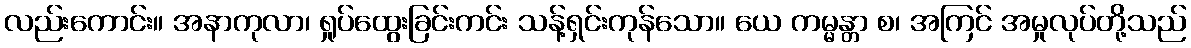
လည်းကောင်း။ အနာကုလာ၊ ရှုပ်ထွေးခြင်းကင်း သန့်ရှင်းကုန်သော။ ယေ ကမ္မန္တာ စ၊ အကြင် အမှုလုပ်တို့သည်